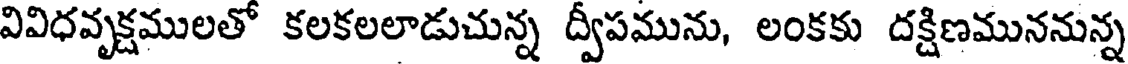
వివిధవృక్షములతో కలకలలాడుచున్న ద్వీపమును, లంకకు దక్షిణముననున్న